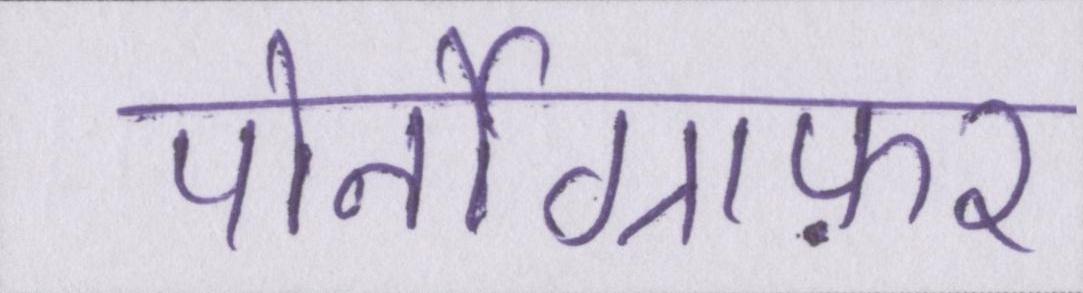
पोर्नोग्राफ़र